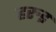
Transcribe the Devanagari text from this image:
हरुइ